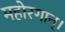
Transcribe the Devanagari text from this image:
महोरगान्।